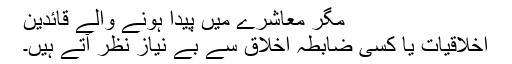
مگر معاشرے میں پیدا ہونے والے قائدین
اخلاقیات یا کسی ضابطہ اخلاق سے بے نیاز نظر آتے ہیں۔